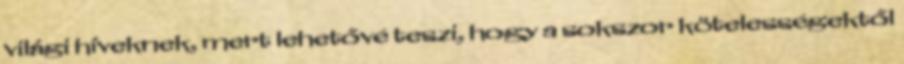
világi híveknek, mert lehetővé teszi, hogy a sokszor kötelességektől